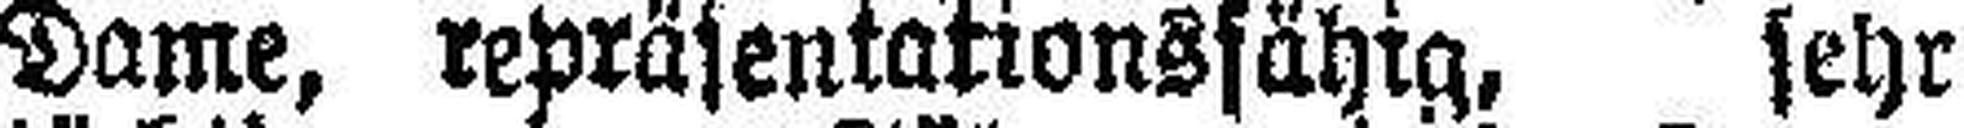
Dame, repräsentationsfähig, sehr